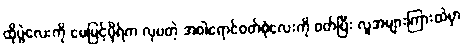
ထိုပွဲလေးကို မေမြင့်မိုရ်က လှပတဲ့ အဝါရောင်ဝတ်စုံလေးကို ဝတ်ပြီး လူအများကြားထဲမှာ